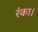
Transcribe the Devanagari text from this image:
रंका।